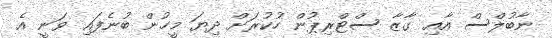
ނާބުލްސް އާއި ގާޒާ ސްޓްރިޕުން ހުކުރަށް ދިޔަ މީހުން ބުނެފައި ވަނީ އެ